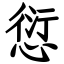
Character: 愆